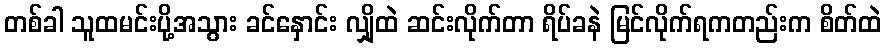
တစ်ခါ သူထမင်းပို့အသွား ခင်နှောင်း လျှိုထဲ ဆင်းလိုက်တာ ရိပ်ခနဲ မြင်လိုက်ရကတည်းက စိတ်ထဲ